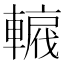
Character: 𨎡